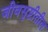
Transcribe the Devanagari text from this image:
जीवसृष्टीतील